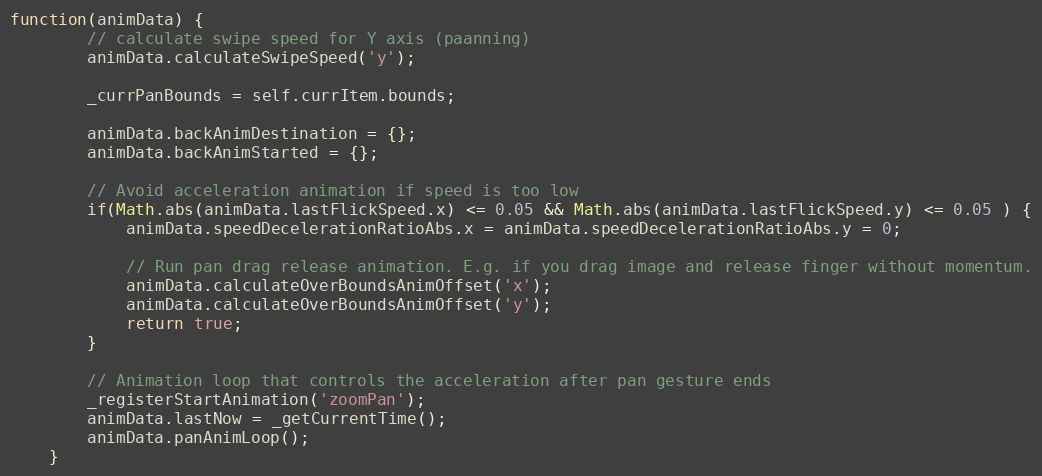
Language: JavaScript
function(animData) {
		// calculate swipe speed for Y axis (paanning)
		animData.calculateSwipeSpeed('y');

		_currPanBounds = self.currItem.bounds;

		animData.backAnimDestination = {};
		animData.backAnimStarted = {};

		// Avoid acceleration animation if speed is too low
		if(Math.abs(animData.lastFlickSpeed.x) <= 0.05 && Math.abs(animData.lastFlickSpeed.y) <= 0.05 ) {
			animData.speedDecelerationRatioAbs.x = animData.speedDecelerationRatioAbs.y = 0;

			// Run pan drag release animation. E.g. if you drag image and release finger without momentum.
			animData.calculateOverBoundsAnimOffset('x');
			animData.calculateOverBoundsAnimOffset('y');
			return true;
		}

		// Animation loop that controls the acceleration after pan gesture ends
		_registerStartAnimation('zoomPan');
		animData.lastNow = _getCurrentTime();
		animData.panAnimLoop();
	}